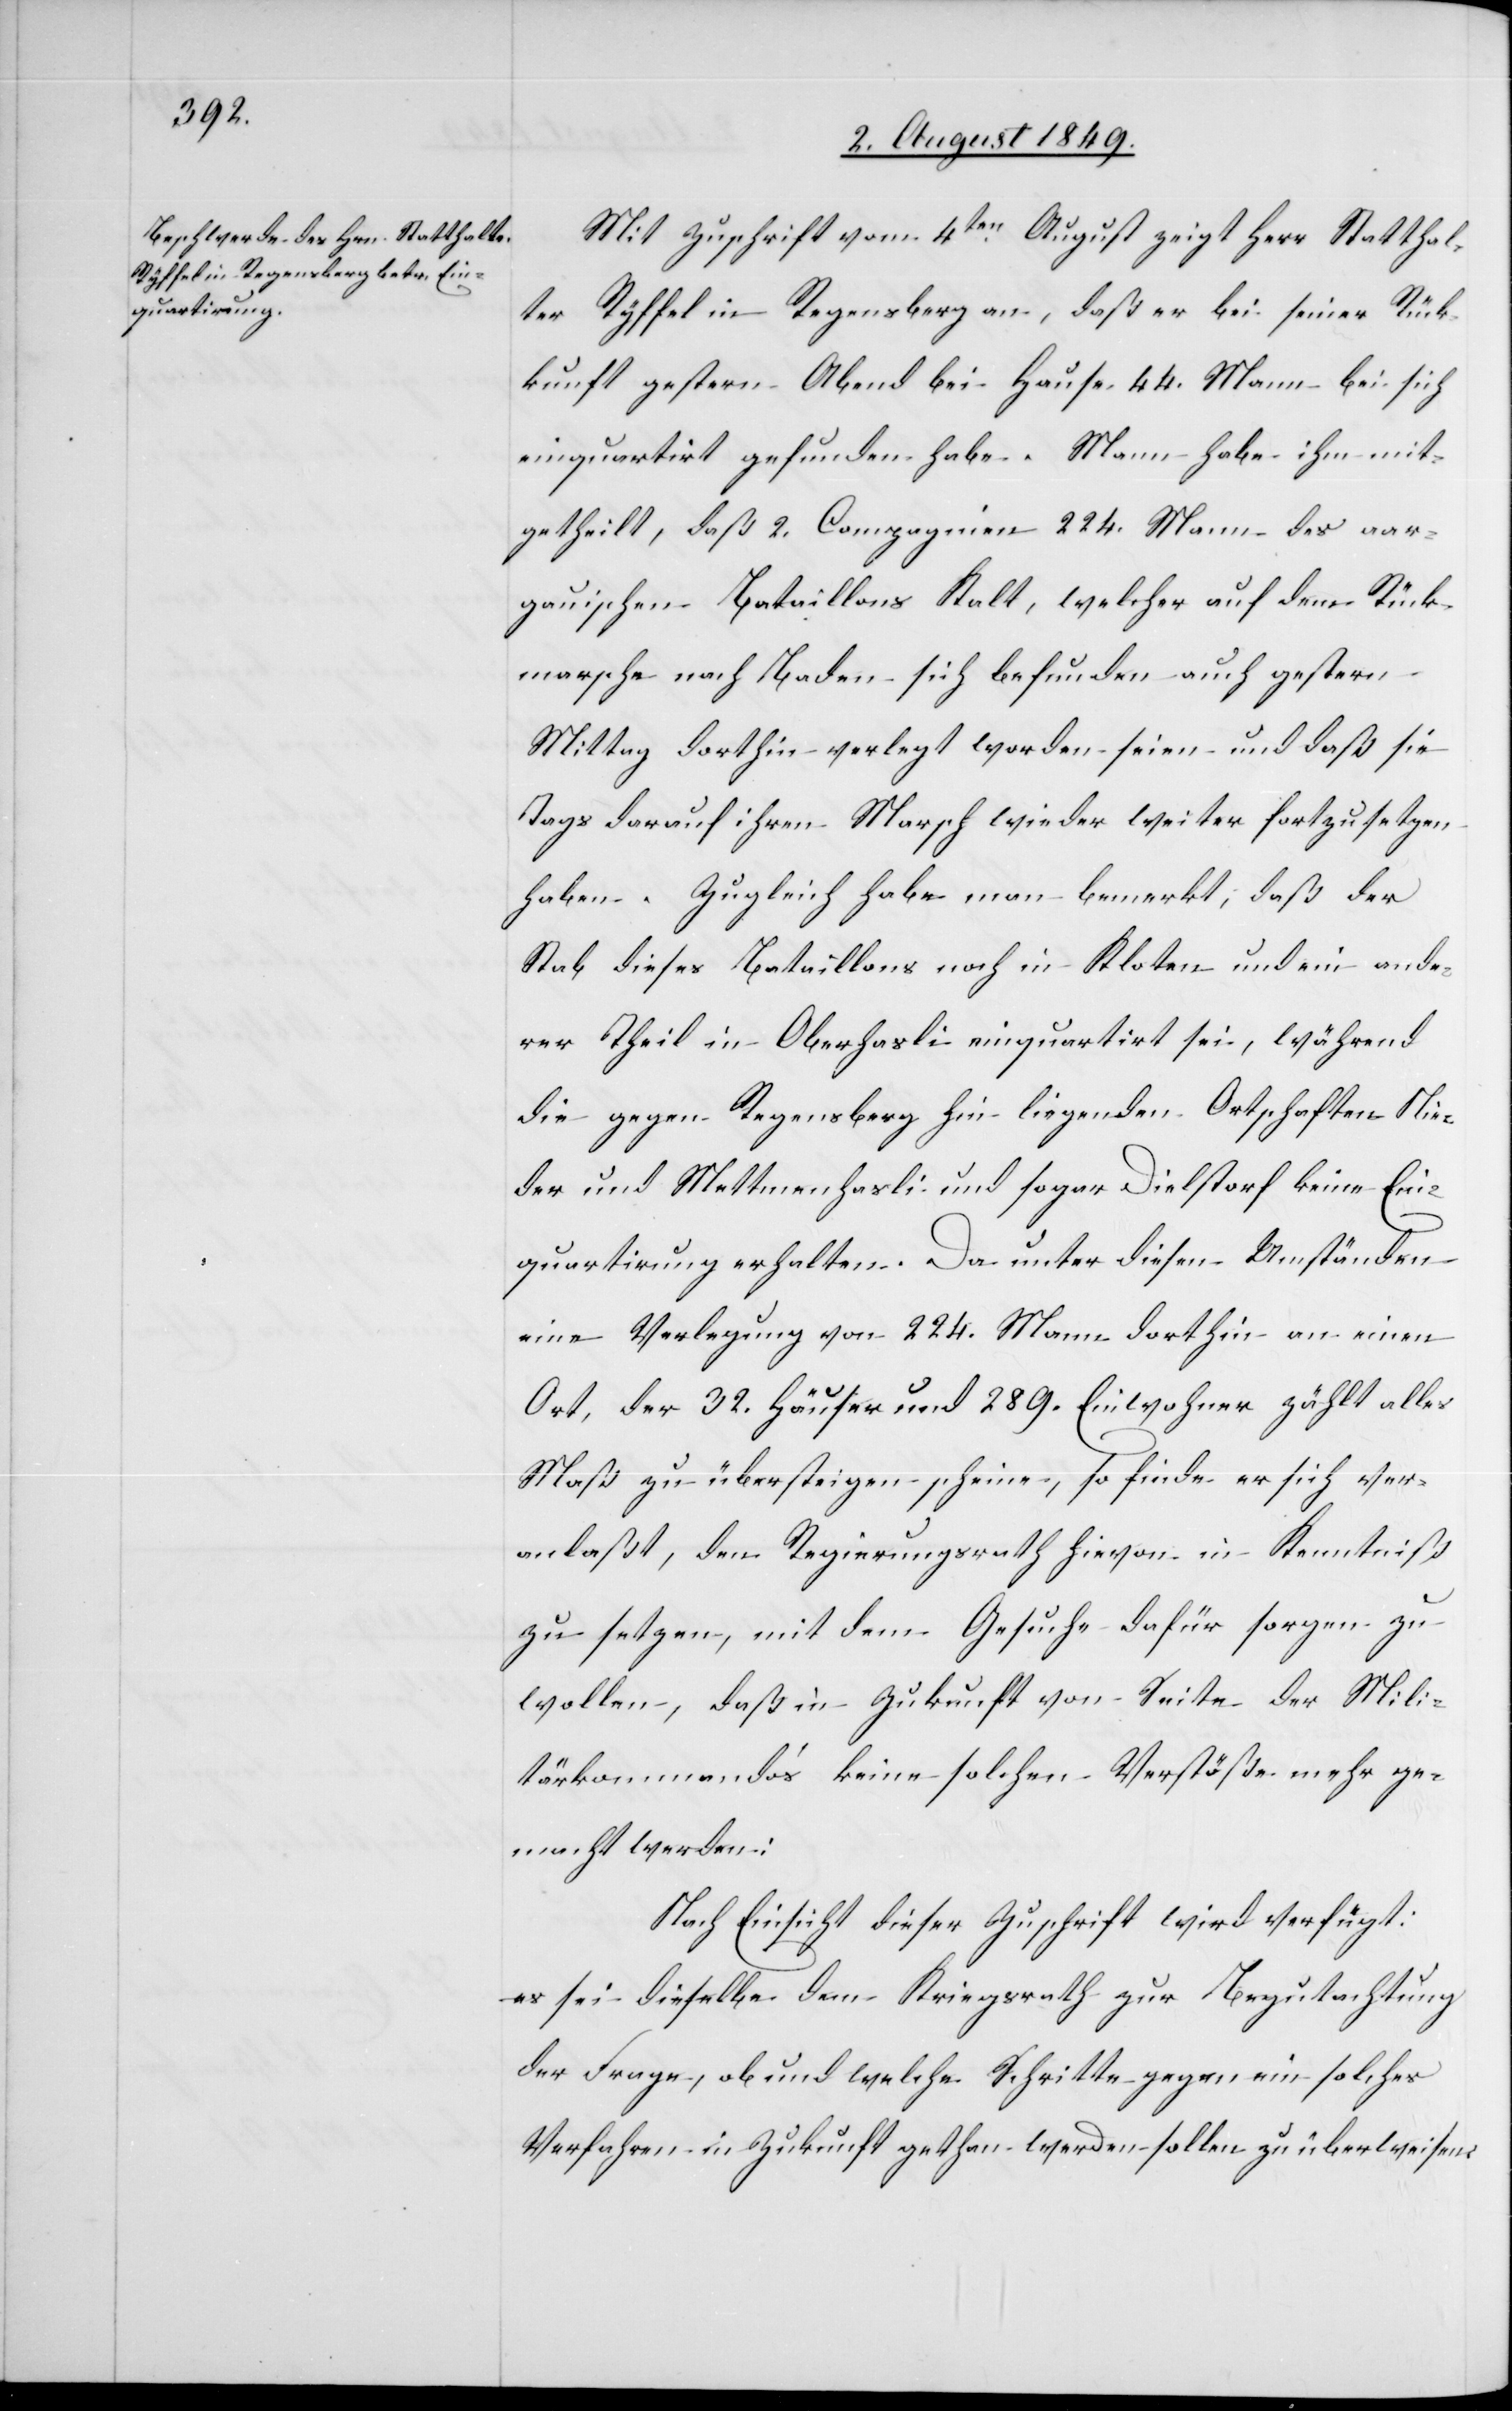
6. August 1849.]
Mit Zuschrift vom 4ten August zeigt Herr Statthal¬
ter Ryffel in Regensberg an, daß er bei seiner Rück¬
kunft gestern Abend bei Hause 44. Mann bei sich
einquartiert gefunden habe. Mann habe ihm mit¬
getheilt, daß 2. Compagnien 224. Mann des aar¬
gauischen Bataillons Kalt, welcher auf dem Rück¬
marsche nach Baden sich befunden auch gestern
Mittag dorthin verlegt worden seien und daß sie
Tags darauf ihren Marsch wieder weiter fortzusetzen
haben. Zugleich habe man bemerkt, daß der
Stab dieses Bataillons noch in Kloten und ein ande¬
rer Theil in Oberhasli einquartiert sei, während
die gegen Regensberg hin liegenden Ortschaften Nie¬
der und Mettmenhasli und sogar Dielstorf keine Ein¬
quartirung erhalten. Da unter diesen Umständen
eine Verlegung von 224. Mann dorthin an einen
Ort, der 32. Häuser und 289. Einwohner zählt alles
Maß zu übersteigen scheine, so finde er sich ver¬
anlaßt, den Regierungsrath hievon in Kenntniß
zu setzen, mit dem Gesuche dafür sorgen zu
wollen, daß in Zukunft von Seite der Mili¬
tärkommando’s keine solchen Verstöße mehr ge¬
macht werden:
Nach Einsicht dieser Zuschrift wird verfügt:
es sei dieselbe dem Kriegsrath zur Begutachtung
der Frage, ob und welche Schritte gegen ein solches
Verfahren in Zukunft gethan werden sollen zu überweisen.